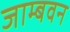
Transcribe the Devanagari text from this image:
जाम्बवन